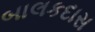
બાલકદાસ